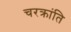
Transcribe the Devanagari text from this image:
चरक्रांति